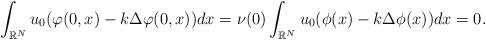
LaTeX: \begin{align*}\int_{\mathbb{R}^{N}}u_0(\varphi(0,x)-k\Delta\varphi(0,x))dx=\nu(0)\int_{\mathbb{R}^{N}}u_0(\phi(x)-k\Delta\phi(x))dx=0.\end{align*}